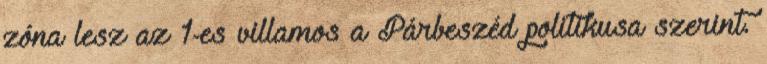
zóna lesz az 1-es villamos a Párbeszéd politikusa szerint.